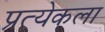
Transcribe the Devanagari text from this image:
प्रत्येकला